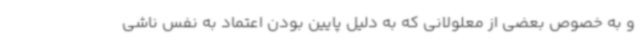
و به خصوص بعضی از معلولانی که به دلیل پایین بودن اعتماد به نفس ناشی